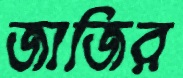
জাজির